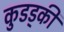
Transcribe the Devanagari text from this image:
कुडड्की